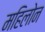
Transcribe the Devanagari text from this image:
महिलोन